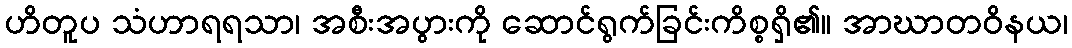
ဟိတူပ သံဟာရရသာ၊ အစီးအပွားကို ဆောင်ရွက်ခြင်းကိစ္စရှိ၏။ အာဃာတဝိနယ၊